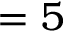
= 5